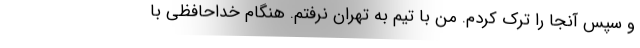
و سپس آنجا را ترک کردم. من با تیم به تهران نرفتم. هنگام خداحافظی با